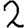
Digit: 2